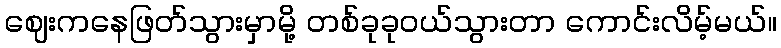
ဈေးကနေဖြတ်သွားမှာမို့ တစ်ခုခုဝယ်သွားတာ ကောင်းလိမ့်မယ်။